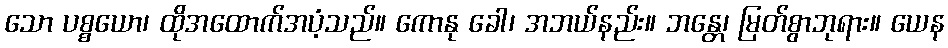
သော ပစ္စယော၊ ထိုအထောက်အပံ့သည်။ ကောနု ခေါ၊ အဘယ်နည်း။ ဘန္တေ၊ မြတ်စွာဘုရား။ ယေန